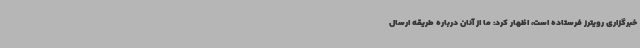
خبرگزاری رویترز فرستاده است، اظهار کرد: ما از آنان درباره طریقه ارسال